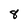
Character: 8